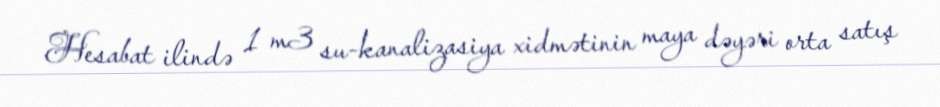
Hesabat ilində 1 m3 su-kanalizasiya xidmətinin maya dəyəri orta satış